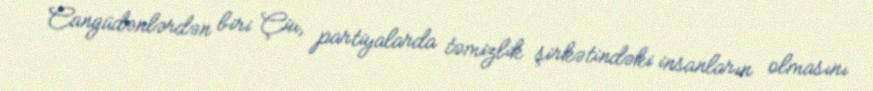
Cangüdənlərdən biri Çiu, partiyalarda təmizlik şirkətindəki insanların olmasını